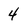
Character: 4